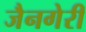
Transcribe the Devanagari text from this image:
जैनगेरी